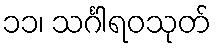
၁၁၊ သင်္ဂါရဝသုတ်